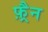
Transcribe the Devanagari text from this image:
फ़्रैन